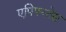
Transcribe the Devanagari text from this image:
एपिफ्य्तेस